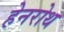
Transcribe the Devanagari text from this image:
हेनरोथ